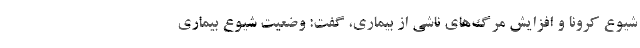
شیوع کرونا و افزایش مرگ‌های ناشی از بیماری، گفت: وضعیت شیوع بیماری